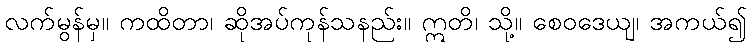
လက်မွန်မှ။ ကထိတာ၊ ဆိုအပ်ကုန်သနည်း။ ဣတိ၊ သို့။ စေဝဒေယျ၊ အကယ်၍